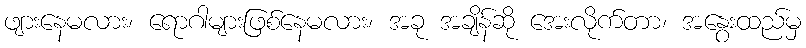
ဖျားနေမလား၊ ရောဂါများဖြစ်နေမလား၊ အခု အချိန်ဆို အေးလိုက်တာ၊ အနွေးထည်မှ